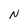
Character: N